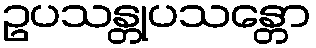
ဥပသန္တုပသန္တော